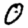
Digit: 0